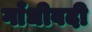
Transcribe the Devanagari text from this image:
गाँधीवदी